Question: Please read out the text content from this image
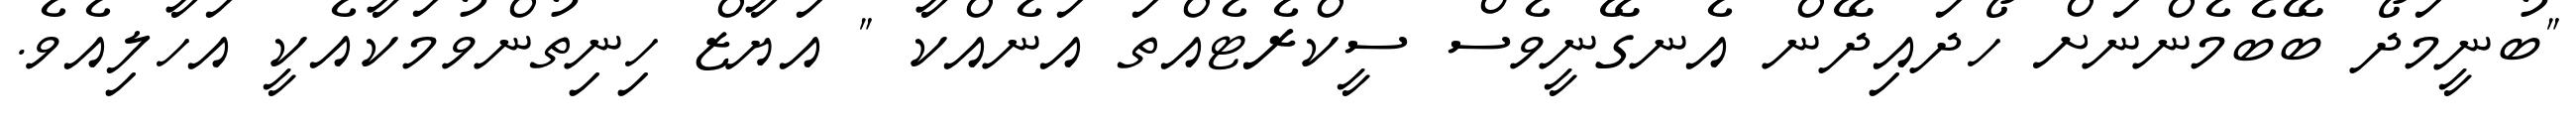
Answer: "ބުނީމަދޯ ބޭބެމެންނަށް ހޯދައިދޭން އެނގޭނީވެސް ސީކްރެޓެއްތަ އަނެއްކާ " އަޔާޒް ހިނިތުންވުމަކާއެކީ އަހާލިއެވެ.